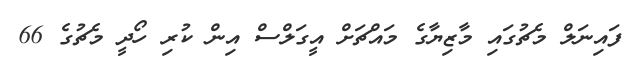
ފައިނަލް މެޗުގައި މާޒިޔާގެ މައްޗަށް އީގަލްސް އިން ކުރި ހޯދީ މެޗުގެ 66